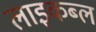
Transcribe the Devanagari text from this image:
लाइकब्ल